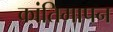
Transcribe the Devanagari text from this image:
कांतिमापन